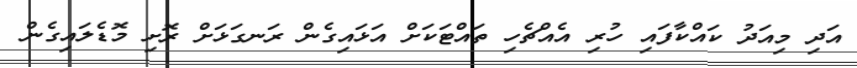
އަދި މިއަދު ކައްކާފައި ހުރި އެއްޗެހި ތައްޓަކަށް އަޅައިގެން ރަނގަޅަށް ރޮށި މޮޑެލައިގެން